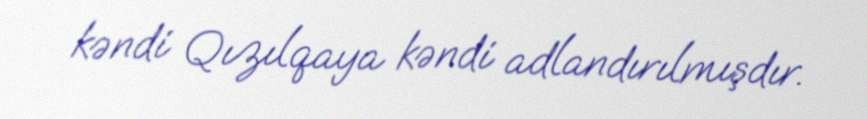
kəndi Qızılqaya kəndi adlandırılmışdır.